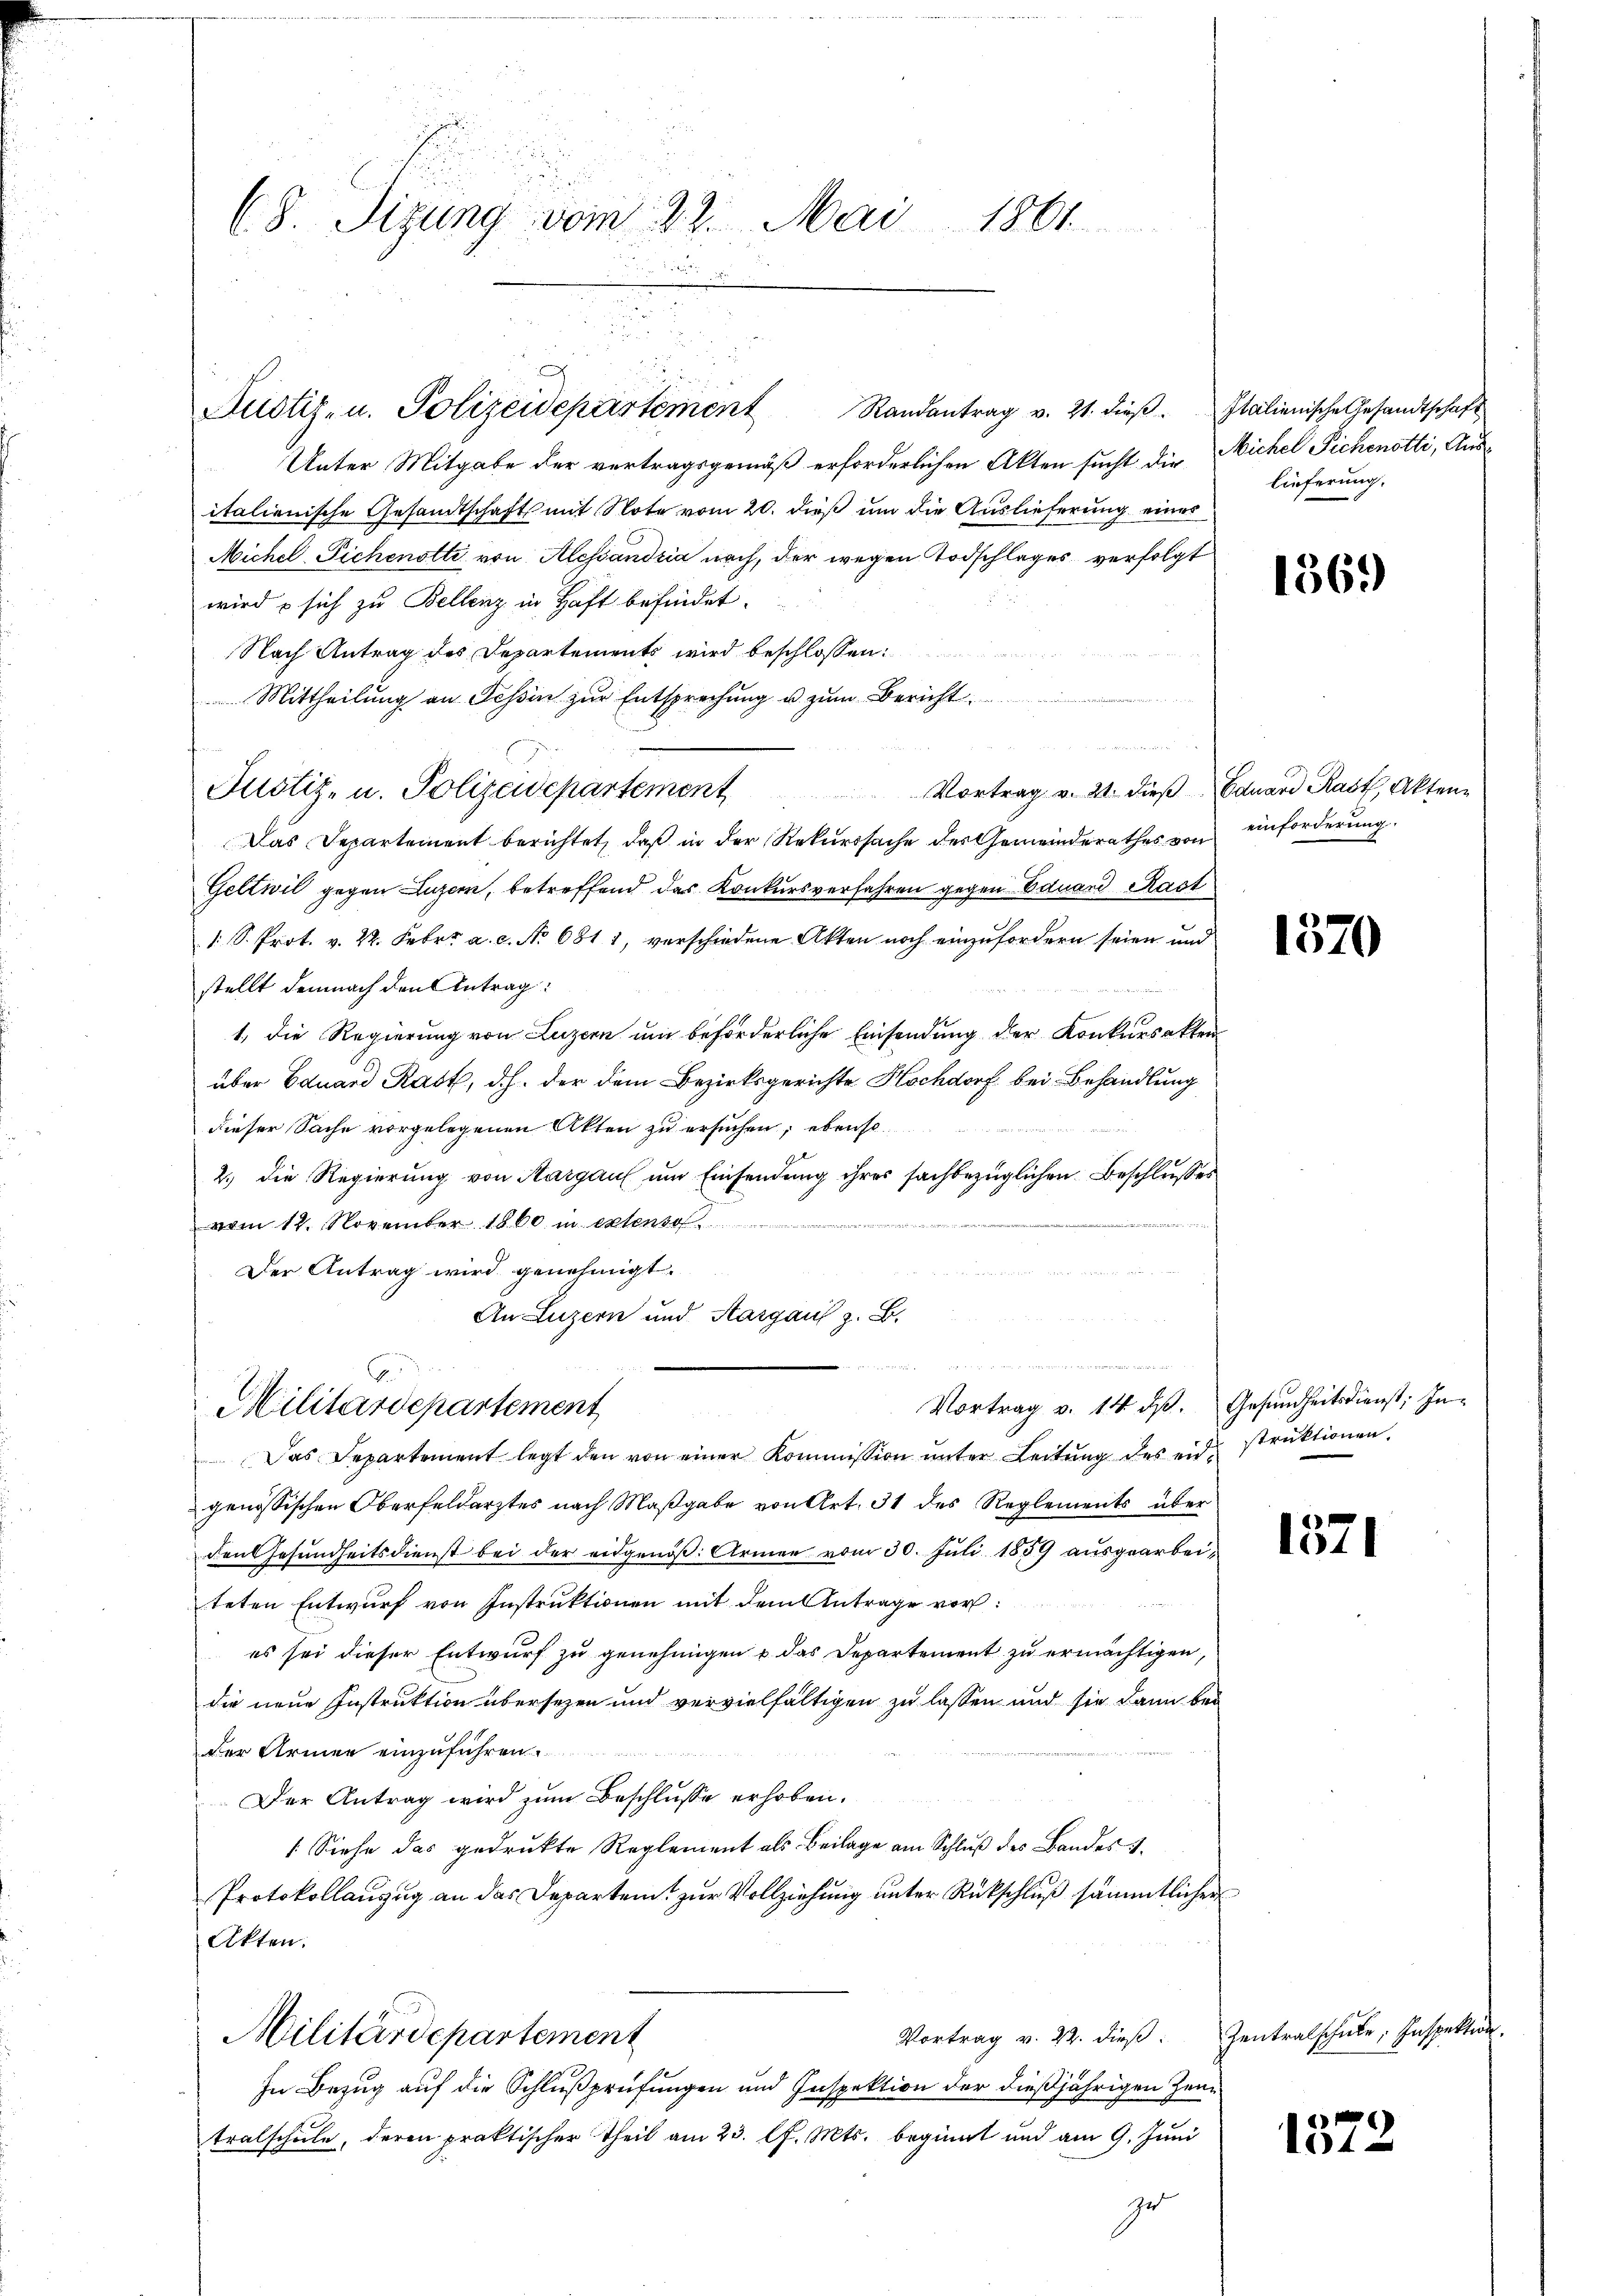
68. Sizung vom 22. Mai 1861

Randantrag v. 21. dieß. Italienische Gesandtschaft
Unter Mitgabe der vertragsgemäß erforderlichen Akten sucht die Nichel Sichenotti, Ausitalienische Gesandtschaft mit Note vom 20. dieß um die Auslieferung eines
Michelichenotti von Alessandria noch, der wegen Todschlages verfolgt
wird u sich zu Bellenz in Haft befindet.
Nach Antrag des Departements wird beschlossen:
u
Mittheilung an Tessin zur Entsprechung u. zum Bericht

Vortrag v. 21. dieß Eduard Rast, Akten
Das Departement berichtet, daß in der Rekurssache des Gemeinderathes von
Geltwil gegen Luzern, betreffend das Konkursverfahren gegen Eduard Rast
1 S. Prot. v. 22. Febr. a. c. No 6811, verschiedene Akten noch einzufordern seien und
stellt demnach den Antrag:
1, die Regierung von Luzern um beförderliche Einsendung der Konkursakten
über Eduard Rast, d.h. der dem Bezirksgerichte Hochdorf bei Behandlung
dieser Sache vorgelegenen Akten zu ersuchen; ebenso
2.) Die Regierung von Aargau um Einsendung ihres sachbezüglichen Beschlusses
vom 12. November 1860 in extens
Der Antrag wird genehmigt.
An Luzern und Aargaus z. B.

Justiz- u. Polizeidepartement

Justiz- u. Polizeidepartement

e
E
Militärdepartement

lieferung.

Vortrag v. 14 d. Gesundheitsdienst; In¬
Das Departement legt den von einer Kommission ŭnter Leitŭng des eid. struktionen.
genössischen Oberfeldarztes nach Maßgabe von Art. 31 des Reglements über
den Gesundheitsdienst bei der eidgenöß: Armen vom 30. Juli 1859 ausgearbeiteten Entwurf von Instruktionen mit dem Antrage vor
es sei dieser Entwurf zu genehmigen u. das Departement zu ermächtigen,
die neue Instruktion übersezen und vervielfältigen zu lassen und sie dann bei
Der Armen einzuführen.
Der Antrag wird zum Beschlusse erhoben.
[Siehe das gedrukte Reglement als Beilage am Schluß des Bandes 1
Protokollanzug an das Departem zur Vollziehung unter Rückschluß sämmtlicher
Akten.
Vortrag v. 22. dieß:
Militärdepartement
In Bezug auf die Schlußprüfungen und Inspektion der dießjährigen Zeutralschule, deren praktischer Theil am 23. l. Mts. beginnt und am 9. Juni
ge

1569

einforderung.

1370

1571

Zentralschule, Inspektion

1372